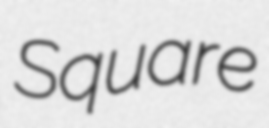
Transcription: Square